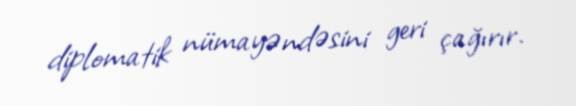
diplomatik nümayəndəsini geri çağırır.